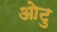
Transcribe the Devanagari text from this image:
ओटु